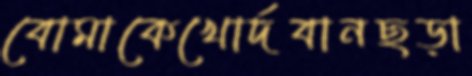
বোমাকেখোর্দবানছড়া